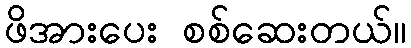
ဖိအားပေး စစ်ဆေးတယ်။